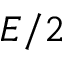
E / 2